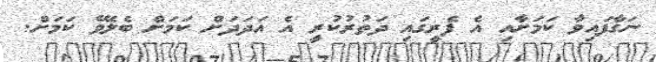
ނަގާފައިވާ ކަމަށާއި އެ ފެރީގައި ދަތުރުކުރީ އެ އަދަދަށް ކަމަށް ބެލެވޭ ކަމަށް.